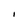
Character: I